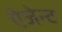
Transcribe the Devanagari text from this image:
ऐजेन्‍ट